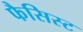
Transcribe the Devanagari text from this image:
फैसिस्ट